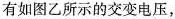
有如图乙所示的交变电压，